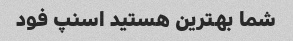
شما بهترین هستید اسنپ فود